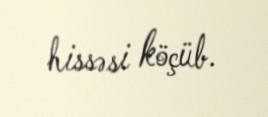
hissəsi köçüb.